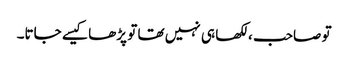
تو صاحب ، لکھا ہی نہیں تھا تو پڑھا کیسے جاتا۔